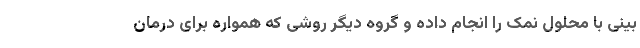
بینی با محلول نمک را انجام داده و گروه دیگر روشی که همواره برای درمان